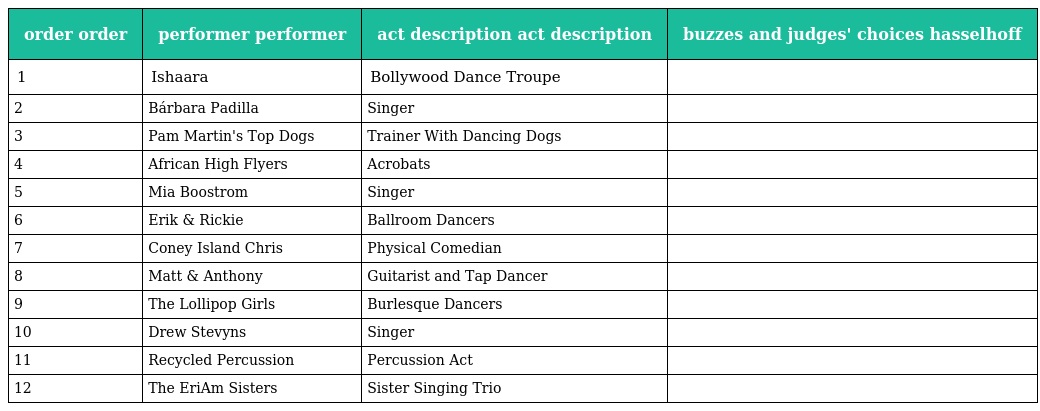
| order order | performer performer | act description act description | buzzes and judges' choices hasselhoff |
 | --- | --- | --- | --- |
 | 1 | Ishaara | Bollywood Dance Troupe |  |
 | 2 | Bárbara Padilla | Singer |  |
 | 3 | Pam Martin's Top Dogs | Trainer With Dancing Dogs |  |
 | 4 | African High Flyers | Acrobats |  |
 | 5 | Mia Boostrom | Singer |  |
 | 6 | Erik & Rickie | Ballroom Dancers |  |
 | 7 | Coney Island Chris | Physical Comedian |  |
 | 8 | Matt & Anthony | Guitarist and Tap Dancer |  |
 | 9 | The Lollipop Girls | Burlesque Dancers |  |
 | 10 | Drew Stevyns | Singer |  |
 | 11 | Recycled Percussion | Percussion Act |  |
 | 12 | The EriAm Sisters | Sister Singing Trio |  |